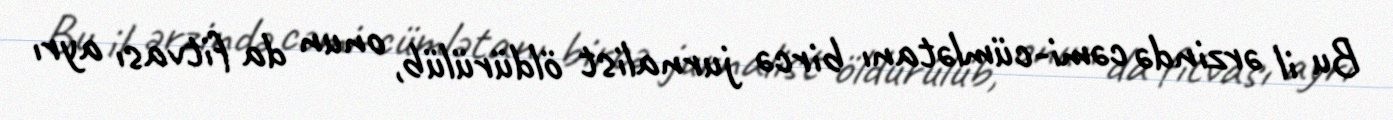
Bu il ərzində cəmi-cümlətanı bircə jurnalist öldürülüb, onun da fitvası ayrı